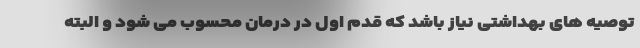
توصیه های بهداشتی نیاز باشد که قدم اول در درمان محسوب می شود و البته